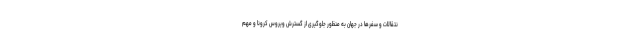
نتقالات و سفرها در جهان به منظور جلوگیری از گسترش ویروس کرونا و مهم